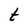
Character: t